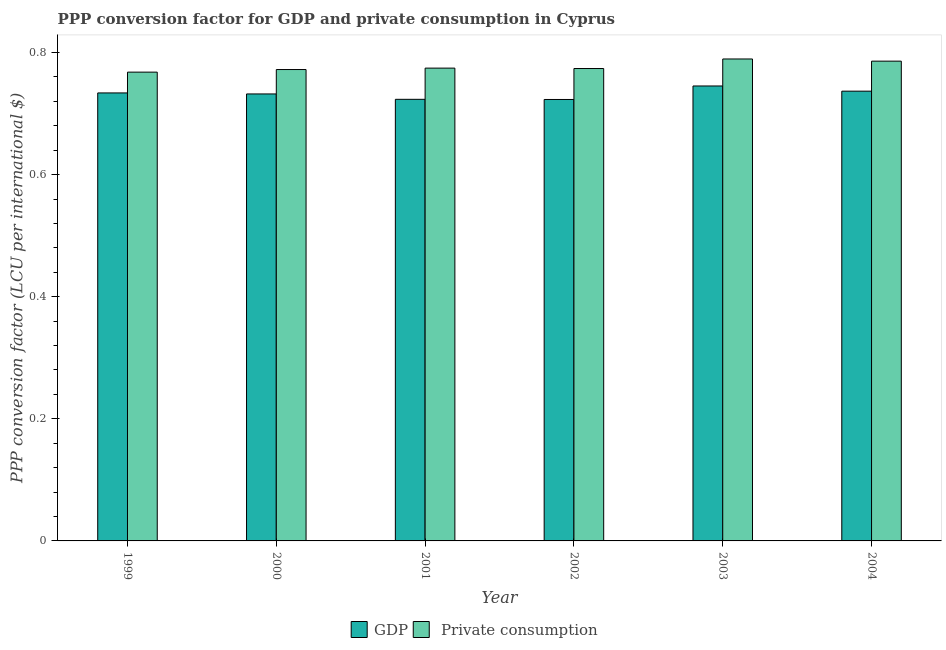
| Year | GDP |  Private consumption |
 | --- | --- | --- |
 | 1999 | 0.734 | 0.768 |
 | 2000 | 0.732 | 0.772 |
 | 2001 | 0.723 | 0.774 |
 | 2002 | 0.723 | 0.774 |
 | 2003 | 0.745 | 0.789 |
 | 2004 | 0.737 | 0.786 |